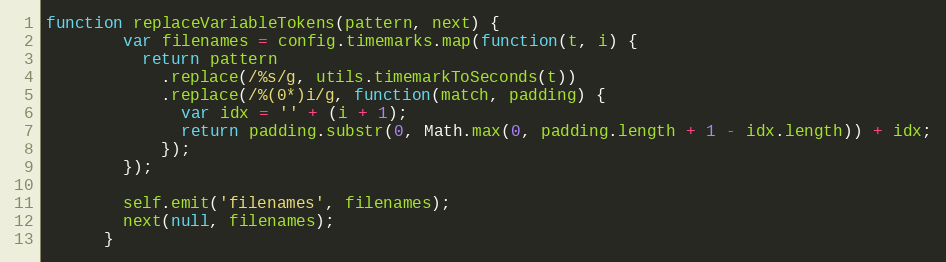
Language: JavaScript
function replaceVariableTokens(pattern, next) {
        var filenames = config.timemarks.map(function(t, i) {
          return pattern
            .replace(/%s/g, utils.timemarkToSeconds(t))
            .replace(/%(0*)i/g, function(match, padding) {
              var idx = '' + (i + 1);
              return padding.substr(0, Math.max(0, padding.length + 1 - idx.length)) + idx;
            });
        });

        self.emit('filenames', filenames);
        next(null, filenames);
      }